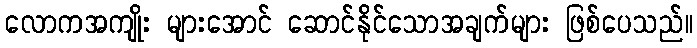
လောကအကျိုး များအောင် ဆောင်နိုင်သောအချက်များ ဖြစ်ပေသည်။